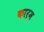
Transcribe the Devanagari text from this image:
कार्म